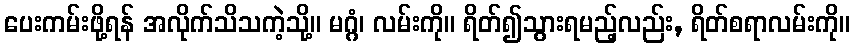
ပေးကမ်းဖို့ရန် အလိုက်သိသကဲ့သို့။ မဂ္ဂံ၊ လမ်းကို။ ရိတ်၍သွားရမည့်လည်း, ရိတ်စရာလမ်းကို။